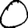
Digit: 0